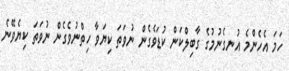
ހަމަ އެހެންމެ އުނގެނުމުގެ ގާބިލްކަން ކުޑަވެގެން ނުވަތަ ކިޔަވާ ހިތްނުވެގެން ނުވަތަ ކިޔެވޭނެ